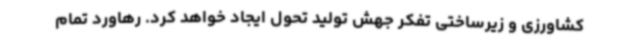
کشاورزی و زیرساختی تفکر جهش تولید تحول ایجاد خواهد کرد. رهاورد تمام